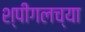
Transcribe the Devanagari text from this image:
श्पीगलच्या